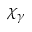
\chi _ { \gamma }